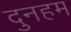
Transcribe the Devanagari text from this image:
दुनहम